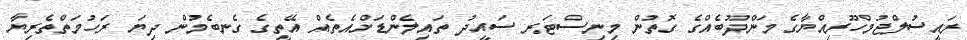
ރައީސުލްޖުމްހޫރިއްޔާގެ މަންދޫބެއްގެ ގޮތުން މިނިސްޓަރ ސައީދު ތައިލެންޑަށްއެތެއް އޭތީގެ ގެނބެމުން ދިޔަ ރަހުމަތްތެރިޔާ